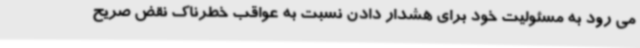
می رود به مسئولیت خود برای هشدار دادن نسبت به عواقب خطرناک نقض صریح